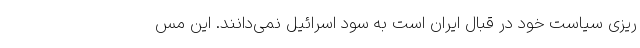
ریزی سیاست خود در قبال ایران است به سود اسرائیل نمی‌دانند. این مس